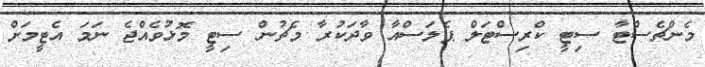
މެންޗެސްޓާ ސިޓީ ކްރިސްޓަލް ޕެލަސްއާ ވާދަކުރާ މެޗުން ސިޓީ މޮޅުވެއްޖެ ނަމަ އެޓީމަށް